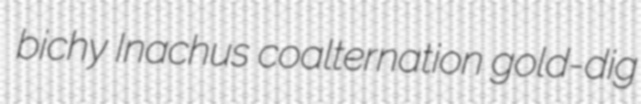
bichy Inachus coalternation gold-dig